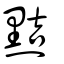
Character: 黠